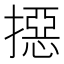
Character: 𢵣